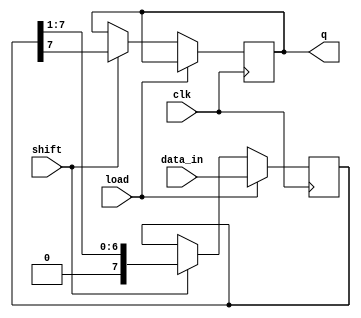
module dynamic_piso_register (
    input wire clk,         // Clock signal
    input wire load,        // Load control signal
    input wire shift,       // Shift control signal
    input wire [n-1:0] data_in, // Parallel data input
    output reg q           // Serial output
);
    parameter n = 8; // Number of bits in the register (can be adjusted)

    reg [n-1:0] shift_reg; // Shift register to hold data

    always @(posedge clk) begin
        if (load) begin
            // Load data into the shift register
            shift_reg <= data_in;
        end else if (shift) begin
            // Shift data out
            q <= shift_reg[n-1]; // Output the MSB
            shift_reg <= {1'b0, shift_reg[n-1:1]}; // Shift right
        end
    end
endmodule